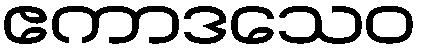
ဧကာဒသေဝ